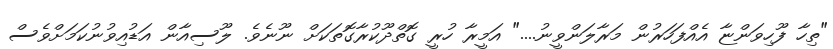
"ތިހާ ފޫހިވަންޏާ އެއްފަހަރުން މަރާލަންވީނު...." އަމީރާ ހުރީ ގޮތްދޫކުރާގޮތަކަށް ނޫނެވެ. ލޫސިއާން އަޑުއިވުނުކަމަށްވެސް